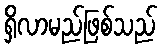
ရှိလာမည်ဖြစ်သည်